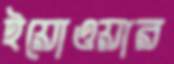
ইয়োওয়ার